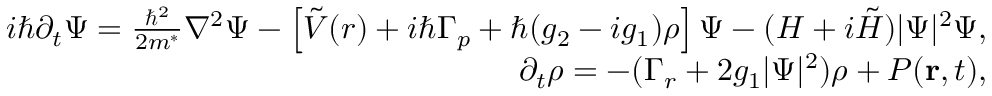
\begin{array} { r l r } & { } & { i \hbar \partial _ { t } \Psi = \frac { \hbar ^ { 2 } } { 2 m ^ { * } } \nabla ^ { 2 } \Psi - \left[ \tilde { V } ( r ) + i \hbar \Gamma _ { p } + \hbar ( g _ { 2 } - i g _ { 1 } ) \rho \right] \Psi - ( H + i \tilde { H } ) | \Psi | ^ { 2 } \Psi , } \\ & { } & { \partial _ { t } \rho = - ( \Gamma _ { r } + 2 g _ { 1 } | \Psi | ^ { 2 } ) \rho + P ( \mathbf { r } , t ) , } \end{array}